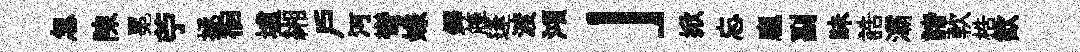
怱陳冕苧拯徊壚緗户河彎嫌鐸簰逢渡澒」掀忘龐副昧誥灞諸軟梏歓